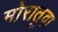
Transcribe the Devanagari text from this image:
मोरातुवा